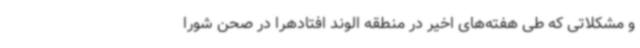
و مشکلاتی که طی هفته‌های اخیر در منطقه الوند افتادهرا در صحن شورا